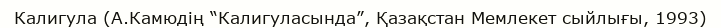
Калигула (А.Камюдің “Калигуласында”, Қазақстан Мемлекет сыйлығы, 1993)